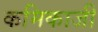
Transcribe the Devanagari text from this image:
कमिकाजी